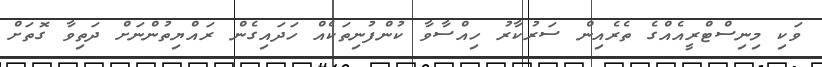
ވަކި މިނިސްޓްރީއެއްގެ ތެރެއިން ސަރުކާރު ހިއްސާވާ ކުންފުނިތަކެއް ހަދައިގެން ރައްޔިތުންނަށް ދަތިވާ ގޮތަށް